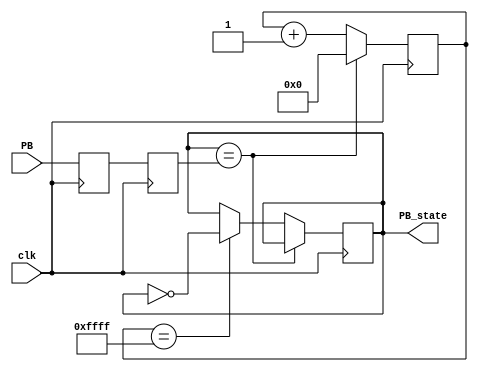
`timescale 1ns / 1ps
//////////////////////////////////////////////////////////////////////////////////
// Company: 
// Engineer: 
// 
// Design Name: 
// Module Name: debouncer
// Project Name: 
// Target Devices: 
// Tool Versions: 
// Description: 
// 
// Dependencies: 
// 
// Revision:
// Revision 0.01 - File Created
// Additional Comments:
// 
//////////////////////////////////////////////////////////////////////////////////

module debouncer(
    input clk, //this is a 50MHz clock provided on FPGA pin PIN_Y2
    input PB,  //this is the input to be debounced
     output reg PB_state  //this is the debounced switch
);
    /*This module debounces the pushbutton PB.
     *It can be added to your project files and called as is:
     *DO NOT EDIT THIS MODULE
     */
    
    // Synchronize the switch input to the clock
    reg PB_sync_0;
    always @(posedge clk) PB_sync_0 <= PB; 
    reg PB_sync_1;
    always @(posedge clk) PB_sync_1 <= PB_sync_0;
    
    // Debounce the switch
    reg [15:0] PB_cnt;
    always @(posedge clk)
    if(PB_state==PB_sync_1)
        PB_cnt <= 0;
    else
    begin
        PB_cnt <= PB_cnt + 1'b1;  
        if(PB_cnt == 16'hffff) PB_state <= ~PB_state;  
    end
endmodule